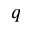
q